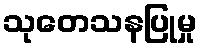
သုတေသနပြုမှု